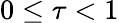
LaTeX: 0\le\tau<1